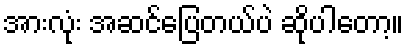
အားလုံး အဆင်ပြေတယ်ပဲ ဆိုပါတော့။